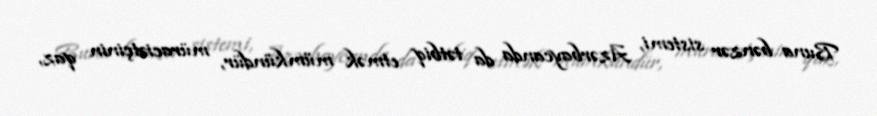
Buna bənzər sistemi, Azərbaycanda da tətbiq etmək mümkündür, müraciətçinin qaz,